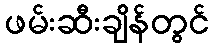
ဖမ်းဆီးချိန်တွင်